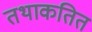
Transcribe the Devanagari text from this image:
तथाकतित